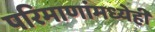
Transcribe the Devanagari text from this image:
परिमाणांमध्येही